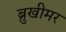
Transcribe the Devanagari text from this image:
ब्रुखीमर